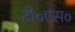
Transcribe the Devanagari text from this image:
टी०एस०